Civil Veterinary Dept. North-West Frontier Province 1901-22 - 1901-1922
Year: 1901
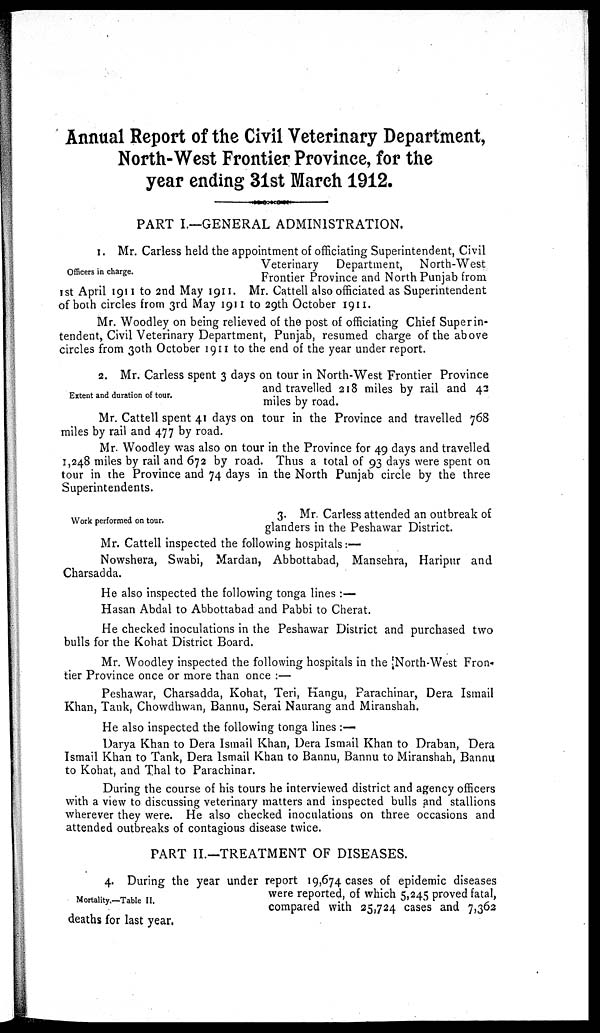
Annual Report of the Civil Veterinary Department,
North-West Frontier Province, for the
year ending 31st March 1912.
PART I.—GENERAL ADMINISTRATION.
Officers in charge.
1. Mr. Carless held the appointment of officiating Superintendent, Civil
Veterinary
Department,
North-West
Frontier Province and North Punjab from
1st April 1911 to 2nd May 1911. Mr. Cattell also officiated as Superintendent
of both circles from 3rd May 1911 to 29th October 1911.
Mr. Woodley on being relieved of the post of officiating Chief Superin-
tendent, Civil Veterinary Department, Punjab, resumed charge of the above
circles from 30th October 1911 to the end of the year under report.
Extent and duration of tour.
2. Mr. Carless spent 3 days on tour in North-West Frontier Province
and travelled 218 miles by rail and 42
miles by road.
Mr. Cattell spent 41 days on tour in the Province and travelled 768
miles by rail and 477 by road.
Mr. Woodley was also on tour in the Province for 49 days and travelled
1,248 miles by rail and 672 by road. Thus a total of 93 days were spent on
tour in the Province and 74 days in the North Punjab circle by the three
Superintendents.
Work performed on tour.
3. Mr. Carless attended an outbreak of
glanders in the Peshawar District.
Mr. Cattell inspected the following hospitals :—
Nowshera, Swabi, Mardan, Abbottabad, Mansehra, Haripur and
Charsadda.
He also inspected the following tonga lines :—
Hasan Abdal to Abbottabad and Pabbi to Cherat.
He checked inoculations in the Peshawar District and purchased two
bulls for the Kohat District Board.
Mr. Woodley inspected the following hospitals in the North-West Fron-
tier Province once or more than once :—
Peshawar, Charsadda, Kohat, Teri, Hangu, Parachinar, Dera Ismail
Khan, Tank, Chowdhwan, Bannu, Serai Naurang and Miranshah.
He also inspected the following tonga lines :—
Darya Khan to Dera Ismail Khan, Dera Ismail Khan to Draban, Dera
Ismail Khan to Tank, Dera Ismail Khan to Bannu, Bannu to Miranshah, Bannu
to Kohat, and Thal to Parachinar.
During the course of his tours he interviewed district and agency officers
with a view to discussing veterinary matters and inspected bulls and stallions
wherever they were. He also checked inoculations on three occasions and
attended outbreaks of contagious disease twice.
PART II.—TREATMENT OF DISEASES.
Mortality.—Table II.
4. During the year under report 19,674 cases of epidemic diseases
were reported, of which 5,245 proved fatal,
compared with 25,724 cases and 7,362
deaths for last year.